Indian Medical Review
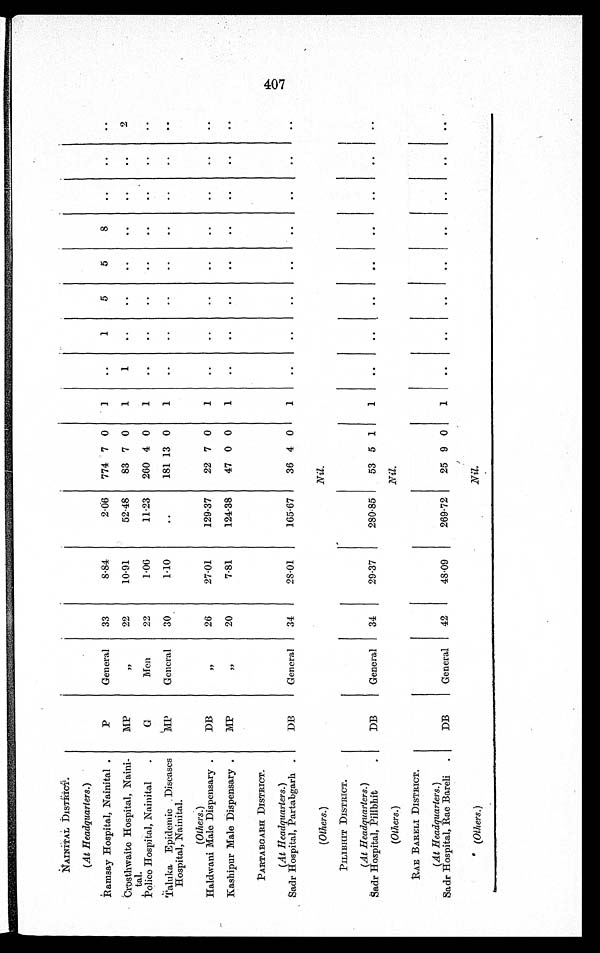
NAINITAL DISTRICT.
(At Headquarters. )
Ramsay Hospital, Nainital
P
General 33
8.84
2.06 774 7 0
1
1
5
5
8
Crosthwaite Hospital, Naini-
tal.
M P
,,
2 2
10.91
52.48
83 7 0
1
1
2
Police Hospital, Nainital
G
Men
22
1.06
11.23 260 4 0
1
Taluka Epidemic Diseases
Hospital, Nainital.
MP
General 30
1.10
181 13 0
1
(Others.)
Haldwani Male Dispensary
DB
,,
26
27.01
129.37
22 7 0
1
Kashipur Male Dispensary
MP
,,
20
7.81
124.38
47 0 0
1
PARTABGARH DISTRICT.
(At Headquarters. )
Sadr Hospital, Partabgarh
DB
General 34
28.01
165.67
36 4 0
1
(Others. )
Nil.
PILIBHIT DISTRICT.
(At Headquarters. )
Sadr Hospital, Pilibhit.
DB
General 34
29.37
280.85
53 5 1
1
(Others. )
Nil.
RAE BARELI DISTRICT.
(At Headquarters.)
Sadr Hospital, Rae Bareli
DB
General 42
48.09
269.72
25 9 0
1
(Others. )
Nil.
407